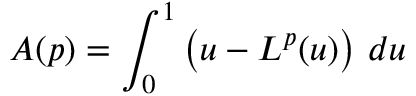
A ( \boldsymbol { p } ) = \int _ { 0 } ^ { 1 } \left( u - L ^ { \boldsymbol { p } } ( u ) \right) \, d u